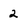
Character: 2